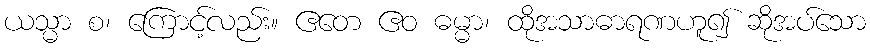
ယသ္မာ စ၊ ကြောင့်လည်း။ ဧတေ ဧဝ ဓမ္မာ၊ ထိုအသာဓာရဏဟူ၍ ဆိုအပ်သော